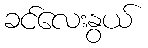
ခင်လေးနွယ်